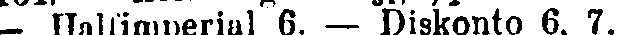
— Halfimperial 6. — Diskonto 6. 7.